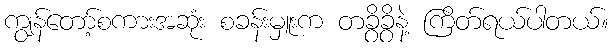
ကျွန်တော့်စကားအဆုံး စခန်းမှူးက တခွိခွိနဲ့ ကြိတ်ရယ်ပါတယ်။